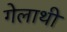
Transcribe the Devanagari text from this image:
गेलाथी